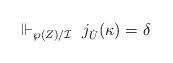
LaTeX: \begin{align*}\Vdash_{\wp(Z)/\mathcal{I}} \ j_{\dot{U}}(\kappa) = \delta\end{align*}